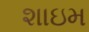
શાઇમ